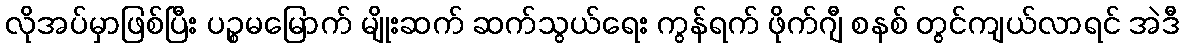
လိုအပ်မှာဖြစ်ပြီး ပဉ္စမမြောက် မျိုးဆက် ဆက်သွယ်ရေး ကွန်ရက် ဖိုက်ဂျီ စနစ် တွင်ကျယ်လာရင် အဲဒီ